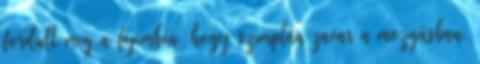
fordult meg a fejemben, hogy szimplán zavar a mozgásban.